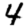
Digit: 4